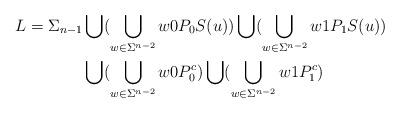
LaTeX: \begin{align*}L = \Sigma_{n-1} &\bigcup (\bigcup_{w \in \Sigma^{n-2}} w0P_0S(u)) \bigcup (\bigcup_{w \in \Sigma^{n-2}} w1P_1S(u)) \\ &\bigcup (\bigcup_{w \in \Sigma^{n-2}} w0P_0^c) \bigcup (\bigcup_{w \in \Sigma^{n-2}} w1P_1^c)\end{align*}